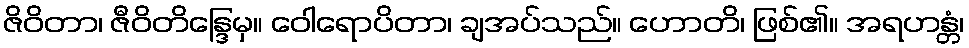
ဇိဝိတာ၊ ဇီဝိတိန္ဒြေမှ။ ဝေါရောပိတာ၊ ချအပ်သည်။ ဟောတိ၊ ဖြစ်၏။ အရဟန္တံ၊